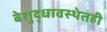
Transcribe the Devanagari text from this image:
बेशुद्धावस्थेतही